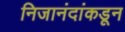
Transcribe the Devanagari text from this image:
निजानंदांकडून